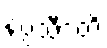
နပ္ပသီဒတိ